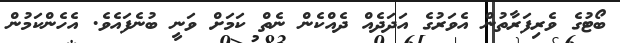
ބޯޓުގެ ވެރިފަރާތުން އެވަރުގެ އަދަދެއް ދެއްކެން ނެތް ކަމަށް ވަނީ ބުނެފައެވެ. އެހެންކަމުން